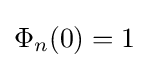
\Phi _{n}(0)=1